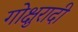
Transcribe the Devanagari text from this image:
गोक्षुरादी